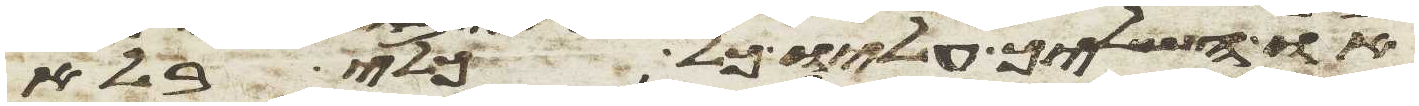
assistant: או השליך עליו כל כלי בלא